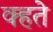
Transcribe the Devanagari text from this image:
क्हते